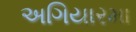
અગિયારમા